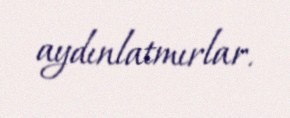
aydınlatmırlar.